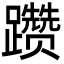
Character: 躜